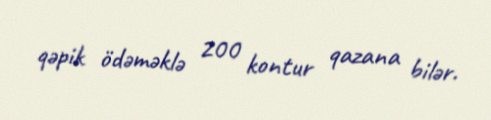
qəpik ödəməklə 200 kontur qazana bilər.